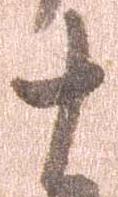
十